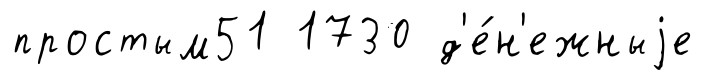
простым51 1730 д'е́н'ежныjе